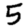
Digit: 5